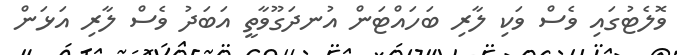
ވޮލެޓުގައި ވެސް ވަކި ލާރި ބަހައްޓަން އުނދަގޫވާތީ އަބަދު ވެސް ލާރި އަޅަން